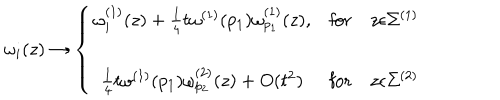
\omega _ { i } ( z ) \to \left\{ \begin{array} { c c c } { { \omega _ { i } ^ { ( 1 ) } ( z ) + \frac { 1 } { 4 } t \omega ^ { ( 1 ) } ( p _ { 1 } ) \omega _ { p _ { 1 } } ^ { ( 1 ) } ( z ) , } } & { { \mathrm { f o r } } } & { { z \epsilon \Sigma ^ { ( 1 ) } } } \\ { { \frac { 1 } { 4 } t \omega ^ { ( 1 ) } ( p _ { 1 } ) \omega _ { p _ { 2 } } ^ { ( 2 ) } ( z ) + O ( t ^ { 2 } ) } } & { { \mathrm { f o r } } } & { { z \epsilon \Sigma ^ { ( 2 ) } } } \\ \end{array} \right.